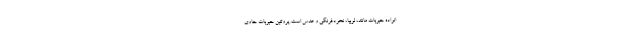
انواده حبوبات مانند، لوبیا، نخودفرنگی و عدس است. پروتئین حبوبات حاوی